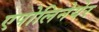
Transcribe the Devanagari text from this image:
एपोलिनेयेर